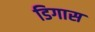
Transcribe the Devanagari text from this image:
डिगास